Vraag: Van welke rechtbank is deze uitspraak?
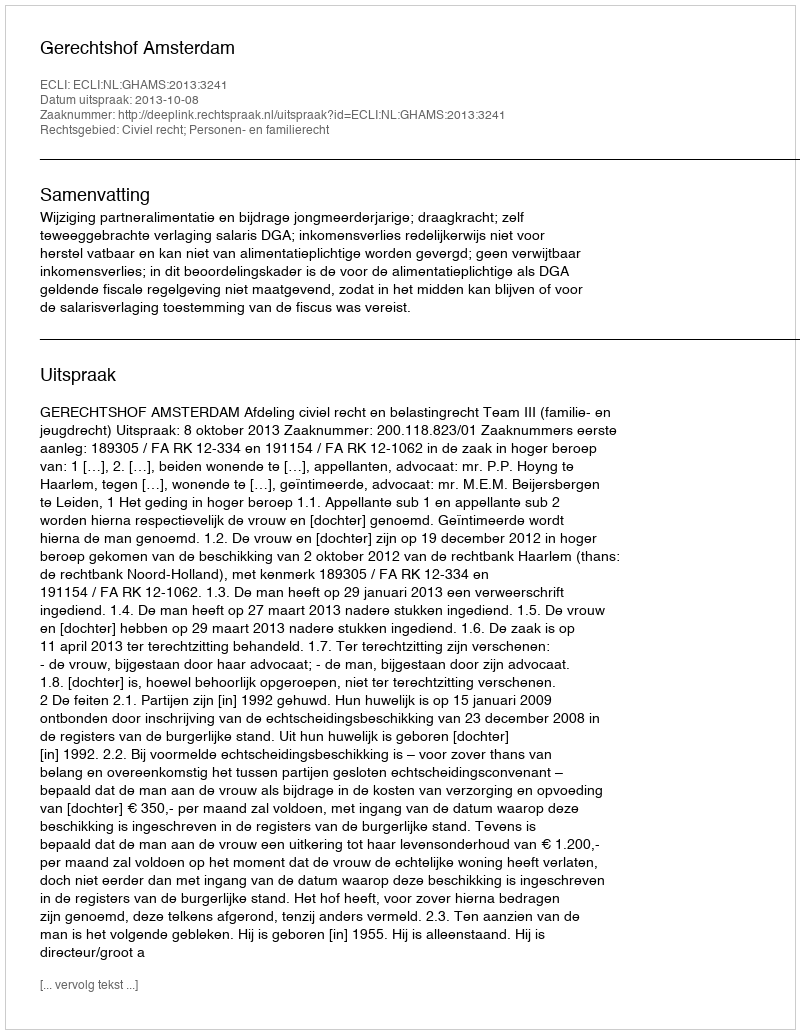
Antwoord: Gerechtshof Amsterdam